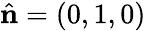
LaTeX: \hat{\mathbf{n}}=(0,1,0)